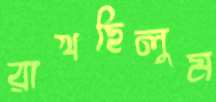
রাখছিলুম